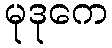
မုဒုကေ